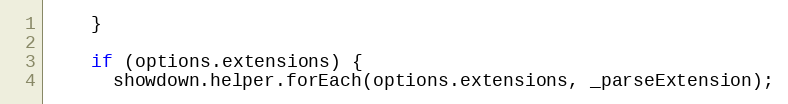
Language: JavaScript
    }

    if (options.extensions) {
      showdown.helper.forEach(options.extensions, _parseExtension);